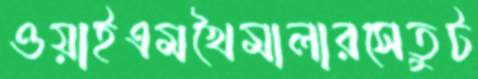
ওয়াইএমখৈমালারসেতুট